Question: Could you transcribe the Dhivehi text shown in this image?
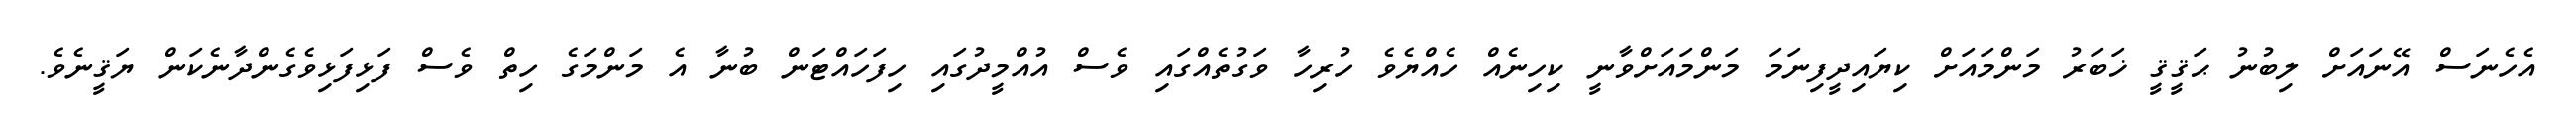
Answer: އެހެނަސް އޭނައަށް ލިބުނު ޙަޤީޤީ ޚަބަރު މަންމައަށް ކިޔައިދީފިނަމަ މަންމައަށްވާނީ ކިހިނެއް ހެއްޔެވެ ހުރިހާ ވަގުތެއްގައި ވެސް އުއްމީދުގައި ހިފަހައްޓަން ބުނާ އެ މަންމަގެ ހިތް ވެސް ފަޅިފަޅިވެގެންދާނެކަން ޔަޤީނެވެ.